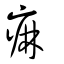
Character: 痳